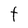
Character: t